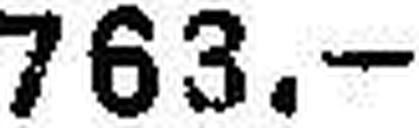
763.—